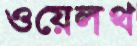
ওয়েলথ